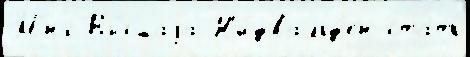
М'́нх Вы́сшаjа Н'и́двальд'ен стать